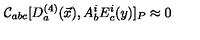
{ \cal C } _ { a b c } [ D _ { a } ^ { ( 4 ) } ( \vec { x } ) , A _ { b } ^ { i } E _ { c } ^ { i } ( y ) ] _ { P } \approx 0